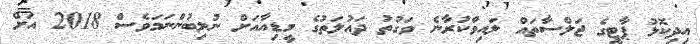
އިދިކޮޅު ޕާޓީގެ ޖަލްސާތައް ލައިވްކުރާނެ ވަގުތު ދައުލަތުގެ މީޑިއާއަށް ނުލިބުންނަމަވެސް 2018 އަށް